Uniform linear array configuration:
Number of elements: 32
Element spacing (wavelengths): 1
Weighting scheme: cosine
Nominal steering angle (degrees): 45
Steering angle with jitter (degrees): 46.865
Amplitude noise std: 0.05
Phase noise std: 0.05

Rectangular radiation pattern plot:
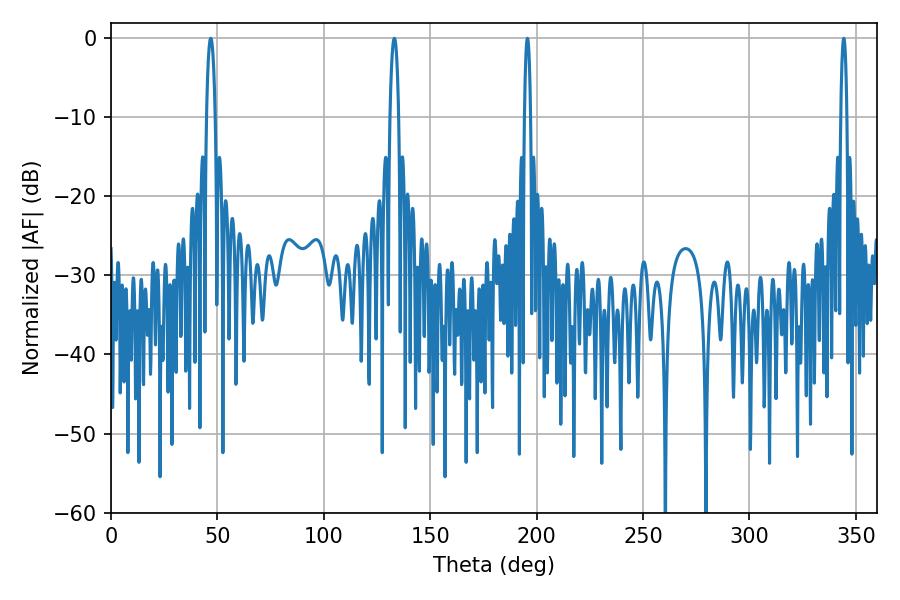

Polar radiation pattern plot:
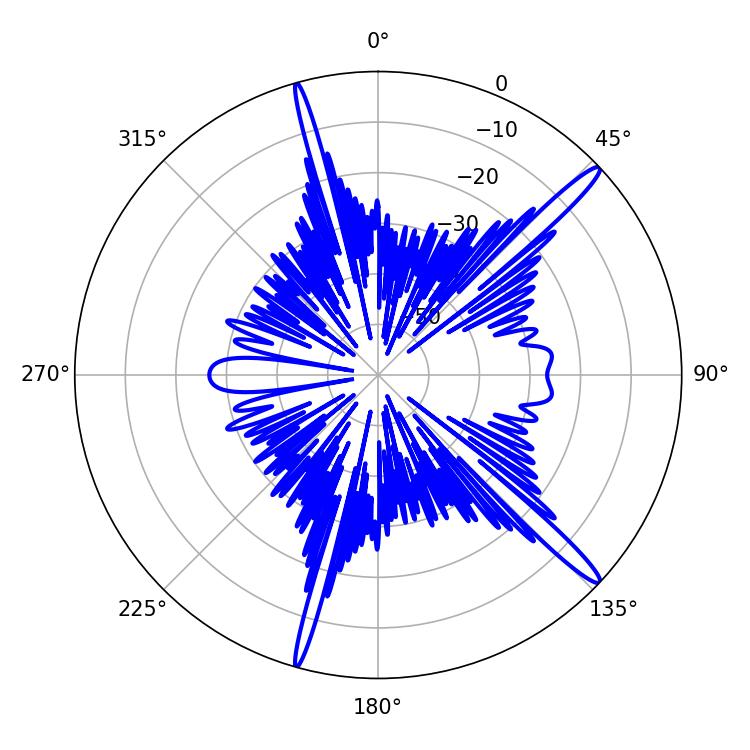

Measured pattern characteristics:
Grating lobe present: TRUE
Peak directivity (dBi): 16.037
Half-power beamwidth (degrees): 1.44
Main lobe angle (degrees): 195.66